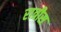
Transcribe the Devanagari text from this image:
रात्रीस